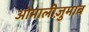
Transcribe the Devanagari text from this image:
ओमालीज़ुमाब